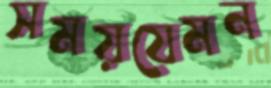
সময়যেমন